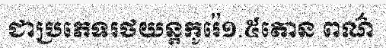
ជាប្រភេទរថយន្តកូរ៉េ១.៥តោន ពណ៌